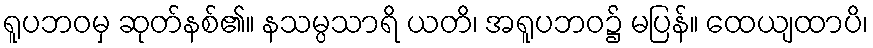
ရူပဘဝမှ ဆုတ်နစ်၏။ နသမ္ပသာရိ ယတိ၊ အရူပဘဝ၌ မပြန်။ ထေယျထာပိ၊